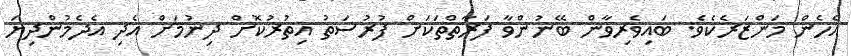
އެހެން މަންޒަރެކެވެ. ބައިވެރިވާން ބޭނުންވާ ފަރާތްތަކަށް ފުރުސަތު އިތުރުކޮށް ދިނުމަށް އެދި އެދެމުންދިޔަ